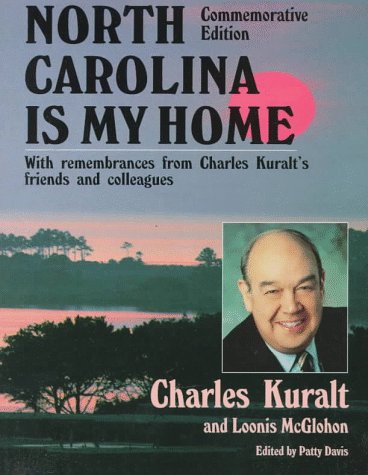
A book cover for North Carolina Is My Home (pb) (Broadcast Tie-Ins); Loonis McGlohon; Travel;